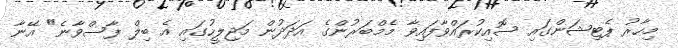
މިހާރު ޕެޓިޝަންގައި ސޮއިކުރައްވާފައިވާ މެމްބަރުންގެ އަދަދުން މަޖިލީހުގައި އެ ބިލް ފާސްވާނެ" އޭނާ